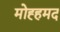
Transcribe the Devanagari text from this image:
मोह्हमद